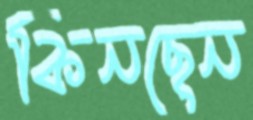
কিনছেন